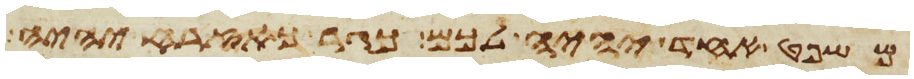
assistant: משפט אחד יהיה לכם כגר כאזרח יהיה